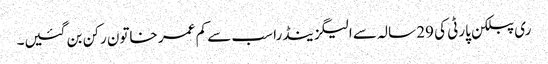
ری پبلکن پارٹی کی 29 سالہ سے الیگزینڈرا سب سے کم عمر خاتون رکن بن گئیں۔